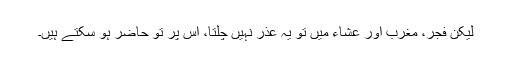
لیکن فجر، مغرب اور عشاء میں تو یہ عذر نہیں چلتا، اُس پر تو حاضر ہو سکتے ہیں۔